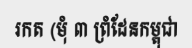
រកត (មុំ ៣ ព្រំដែនកម្ពុជា